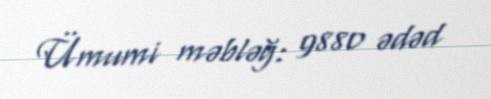
Ümumi məbləğ: 9880 ədəd